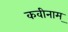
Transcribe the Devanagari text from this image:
कवीनाम्